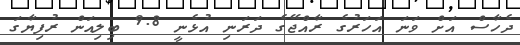
ދެހާސް އަށް ވަނަ އަހަރުގެ ރާއްޖޭގެ ދަރަނި އުޅެނީ 9.8 ބިލިއަން ރުފިޔާގަ